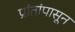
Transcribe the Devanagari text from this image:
प्रांतांपासून